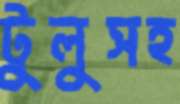
টুলুসহ